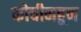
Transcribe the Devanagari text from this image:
कोचीनहून